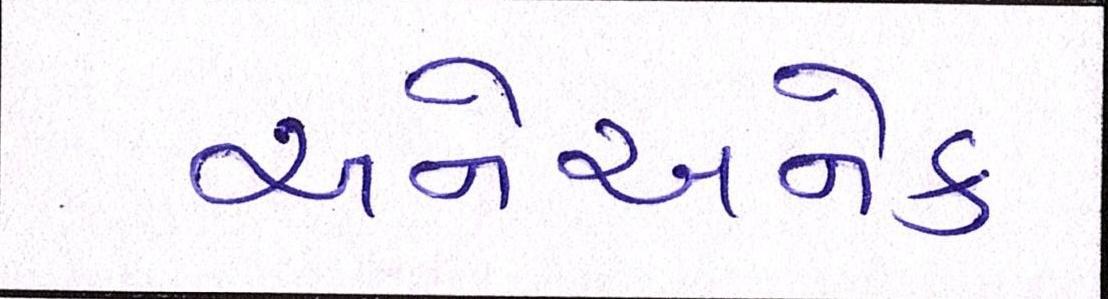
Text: અનેઅનેક